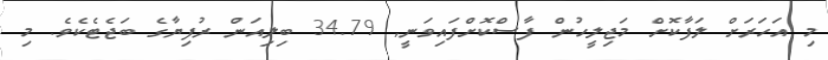
މި އަހަރަށް ލަފާކޮށް މަޖިލީހުން ފާސްކޮށްފައިވަނީ